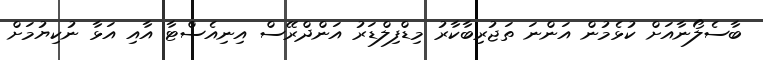
ބާސެލޯނާއަށް ކުޅެމުން އަންނަ ތަޖުރިބާކާރު މިޑްފިލްޑަރު އަންދްރޭސް އިނިއެސްޓާ އާއި އަޅާ ނުކިޔުމަށް